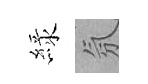
緑氛